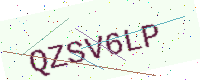
Text: QZSV6LP